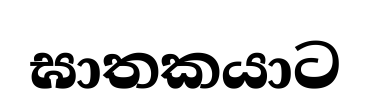
ඝාතකයාට